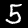
Digit: 5